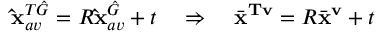
\mathbf { \hat { x } } _ { a v } ^ { T \hat { G } } = R \mathbf { \hat { x } } _ { a v } ^ { \hat { G } } + t \quad \Rightarrow \quad \bar { \mathbf { x } } ^ { \mathbf { T v } } = R \bar { \mathbf { x } } ^ { \mathbf { v } } + t